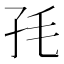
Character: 𡥊